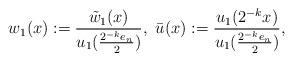
LaTeX: \begin{align*}w_1(x) := \frac{\tilde{w}_{1}(x)}{ u_1(\frac{2^{-k}e_{n}}{2})}, \ \bar{u}(x):=\frac{u_1(2^{-k}x)}{ u_1(\frac{2^{-k}e_{n}}{2})},\end{align*}